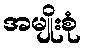
အမျိုးစုံ